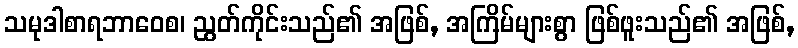
သမုဒါစာရဘာဝေစ၊ ညွတ်ကိုင်းသည်၏ အဖြစ်, အကြိမ်များစွာ ဖြစ်ဖူးသည်၏ အဖြစ်,